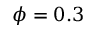
\phi = 0 . 3